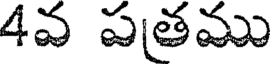
4వ పతము